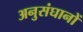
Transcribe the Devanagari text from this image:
अनुसंघानों